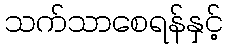
သက်သာစေရန်နှင့်